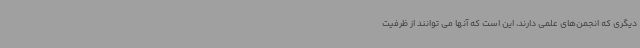
دیگری که انجمن‌های علمی دارند، این است که آنها می توانند از ظرفیت